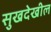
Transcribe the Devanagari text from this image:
सुखदेखील